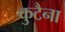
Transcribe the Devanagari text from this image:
कुटैना